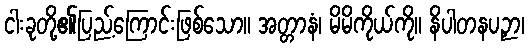
ငါးခုတို့၏ပြည့်ကြောင်းဖြစ်သော။ အတ္တာနံ၊ မိမိကိုယ်ကို။ နိပါတနပဉှာ၊